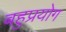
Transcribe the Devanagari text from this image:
बहुप्रयोग